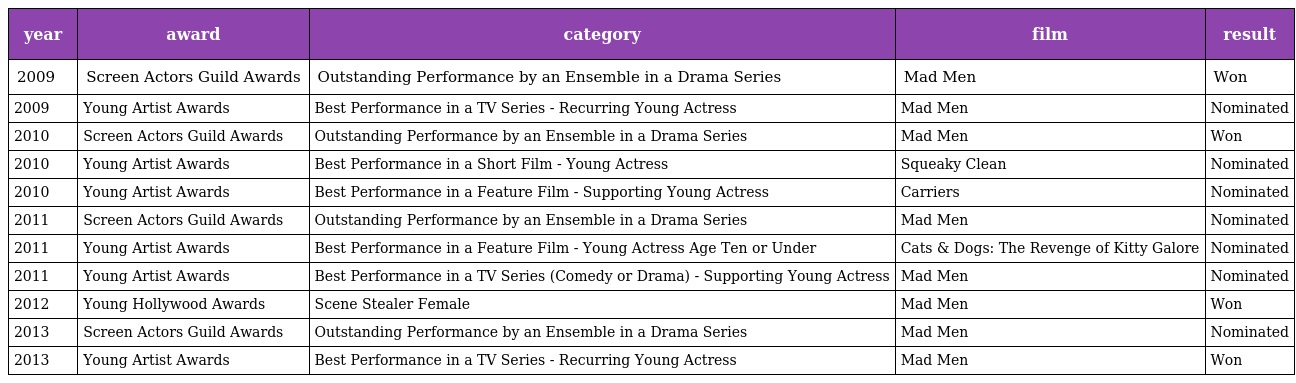
| year | award | category | film | result |
 | --- | --- | --- | --- | --- |
 | 2009 | Screen Actors Guild Awards | Outstanding Performance by an Ensemble in a Drama Series | Mad Men | Won |
 | 2009 | Young Artist Awards | Best Performance in a TV Series - Recurring Young Actress | Mad Men | Nominated |
 | 2010 | Screen Actors Guild Awards | Outstanding Performance by an Ensemble in a Drama Series | Mad Men | Won |
 | 2010 | Young Artist Awards | Best Performance in a Short Film - Young Actress | Squeaky Clean | Nominated |
 | 2010 | Young Artist Awards | Best Performance in a Feature Film - Supporting Young Actress | Carriers | Nominated |
 | 2011 | Screen Actors Guild Awards | Outstanding Performance by an Ensemble in a Drama Series | Mad Men | Nominated |
 | 2011 | Young Artist Awards | Best Performance in a Feature Film - Young Actress Age Ten or Under | Cats & Dogs: The Revenge of Kitty Galore | Nominated |
 | 2011 | Young Artist Awards | Best Performance in a TV Series (Comedy or Drama) - Supporting Young Actress | Mad Men | Nominated |
 | 2012 | Young Hollywood Awards | Scene Stealer Female | Mad Men | Won |
 | 2013 | Screen Actors Guild Awards | Outstanding Performance by an Ensemble in a Drama Series | Mad Men | Nominated |
 | 2013 | Young Artist Awards | Best Performance in a TV Series - Recurring Young Actress | Mad Men | Won |